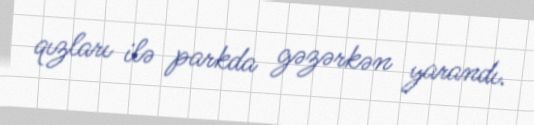
qızları ilə parkda gəzərkən yarandı.